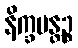
နိက္ခမန္တဉ္စ